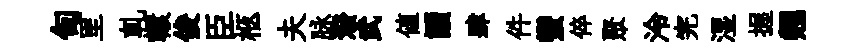
甸里軋轘俊臣柩夫脉潑武値讀肆件蠻倅聚泠完湿握翹